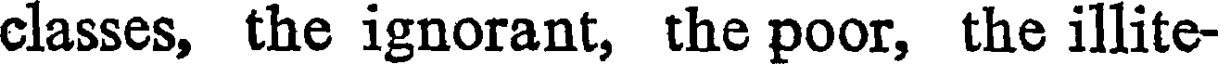
classes, the ignorant, the poor, the illite-